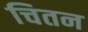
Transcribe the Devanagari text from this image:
चितन